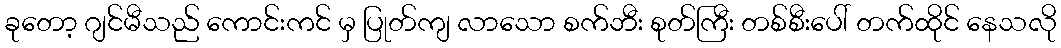
ခုတော့ ဂျင်မီသည် ကောင်းကင် မှ ပြုတ်ကျ လာသော စက်ဘီး စုတ်ကြီး တစ်စီးပေါ် တက်ထိုင် နေသလို